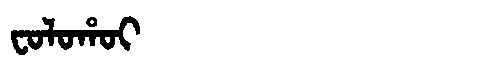
Manchu: ᠸᠣᠯᠣᡥᠣᡳ
Romanization: FOLOHOI